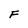
Character: F